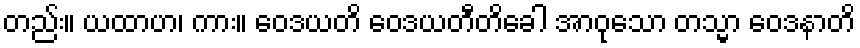
တည်း။ ယထာဟ၊ ကား။ ဝေဒယတိ ဝေဒယတီတိခေါ အာဝုသော တသ္မာ ဝေဒနာတိ